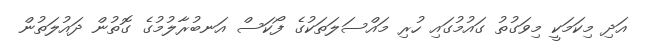
އަދި މިކަމަކީ މިވަގުތު ގައުމުގައި ހުރި މައްސަލަތަކުގެ ފޯކަސް އަނބުރާލުމުގެ ގޮތުން ދައުލަތުން